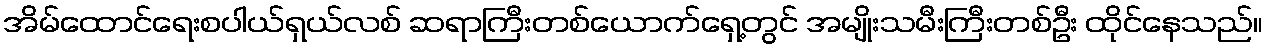
အိမ်ထောင်ရေးစပါယ်ရှယ်လစ် ဆရာကြီးတစ်ယောက်ရှေ့တွင် အမျိုးသမီးကြီးတစ်ဦး ထိုင်နေသည်။